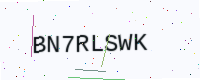
Text: BN7RLSWK